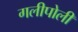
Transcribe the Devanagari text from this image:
गलीपोली